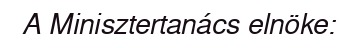
A Minisztertanács elnöke: